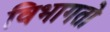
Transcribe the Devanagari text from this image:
विभागतो